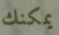
يمكنك